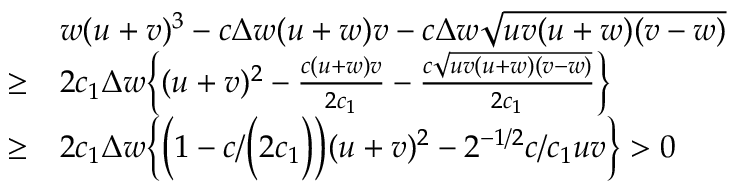
\begin{array} { r l } & { w ( u + v ) ^ { 3 } - c \Delta w ( u + w ) v - c \Delta w \sqrt { u v ( u + w ) ( v - w ) } } \\ { \geq } & { 2 c _ { 1 } \Delta w \Big \{ ( u + v ) ^ { 2 } - \frac { c ( u + w ) v } { 2 c _ { 1 } } - \frac { c \sqrt { u v ( u + w ) ( v - w ) } } { 2 c _ { 1 } } \Big \} } \\ { \geq } & { 2 c _ { 1 } \Delta w \Big \{ \Big ( 1 - c / \Big ( 2 c _ { 1 } \Big ) \Big ) ( u + v ) ^ { 2 } - 2 ^ { - 1 / 2 } c / c _ { 1 } u v \Big \} > 0 } \end{array}